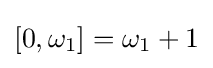
[0,\omega _{1}]=\omega _{1}+1